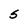
Character: S